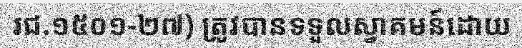
រជ.១៥០១-២៧) ត្រូវបានទទួលស្វាគមន៍ដោយ